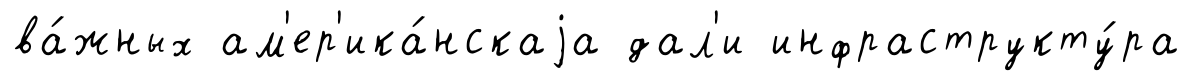
ва́жных ам'ер'ика́нскаjа дал'и инфраструкту́ра